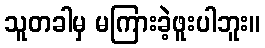
သူတခါမှ မကြားခဲ့ဖူးပါဘူး။